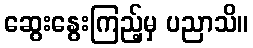
ဆွေးနွေးကြည့်မှ ပညာသိ။